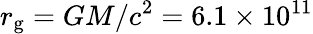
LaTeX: r_{\mathrm{g}}=GM/c^{2}=6.1\times 10^{11}